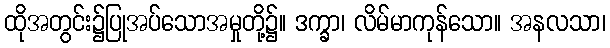
ထိုအတွင်း၌ပြုအပ်သောအမှုတို့၌။ ဒက္ခာ၊ လိမ်မာကုန်သော။ အနလသာ၊